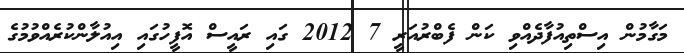
މަގާމުން އިސްތިއުފާދެއްވި ކަން ފެބްރުއަރީ 7 2012 ގައި ރައީސް އޮފީހުގައި އިއުލާންކުރެއްވުމުގެ